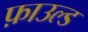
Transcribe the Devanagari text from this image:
फ़ाउल्ड